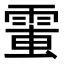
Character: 𩃘